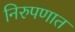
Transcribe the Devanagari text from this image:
निरुपणात